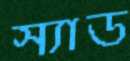
স্যাড